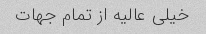
خیلی عالیه از تمام جهات